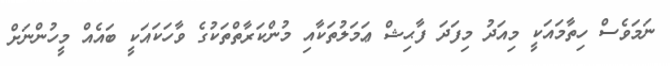
ނަމަވެސް ހިތާމައަކީ މިއަދު މިފަދަ ފާޙިޝް ޢަމަލުތަކާއި މުންކަރާތްތަކުގެ ވާހަކައަކީ ބައެއް މީހުންނަށް